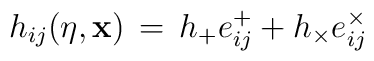
h_{i j}(\eta ,{\bf x}) \, = \, h_{+}e^{+}_{i j} + h_{\times }e^{\times }_{i j} \,